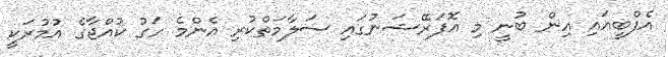
އެފްބީއައި އިން ބުނީ މި އޮޕަރޭޝަނުގައި ސަލާމަތްކުރި އެންމެ ހަގު ކުއްޖާގެ އުމުރަކީ